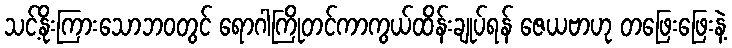
သင့်နိုးကြားသောဘဝတွင် ရောဂါကြိုတင်ကာကွယ်ထိန်းချုပ်ရန် ဇေယဗာဟု တဖြေးဖြေးနဲ့